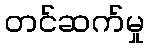
တင်ဆက်မှု